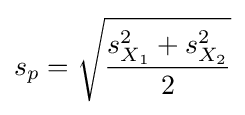
s_{p}={\sqrt {\frac {s_{X_{1}}^{2}+s_{X_{2}}^{2}}{2}}}